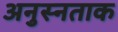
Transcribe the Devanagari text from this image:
अनुस्नताक